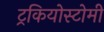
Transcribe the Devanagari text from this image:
ट्रकियोस्टोमी